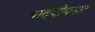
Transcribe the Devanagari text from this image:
पादपोपचार